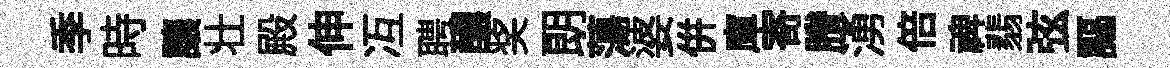
季時讓壮殿伸冱聘醲奖朗蕩婆併庫寄賸湧倍禆翡弦謳